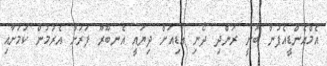
އެމްއެންޑީއެފުން ބުނީ ރަންދި ދޯނި އަޑިއަށް ދިޔައީ އެނބޫރޫ ފަރަށް އެރުމުން ކަމަށާއި